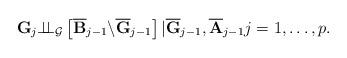
LaTeX: \begin{align*}\mathbf{G}_{j}\mathbf{\perp \!\!\!\perp }_{\mathcal{G}}\left[ \overline{\mathbf{B}}_{j-1}\mathbf{\backslash }\overline{\mathbf{G}}_{j-1}\right] \mathbf{|}\overline{\mathbf{G}}_{j-1},\overline{\mathbf{A}}_{j-1}j=1,\dots ,p.\end{align*}